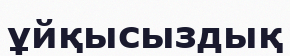
ұйқысыздық